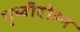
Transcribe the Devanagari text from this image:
पृथ्वीदोहन